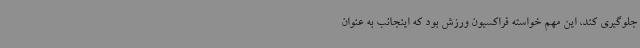
جلوگیری کند، این مهم خواسته فراکسیون ورزش بود که اینجانب به عنوان